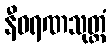
နီဝရဏသုတ္တံ